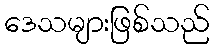
ဒေသများဖြစ်သည်